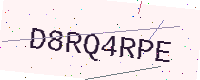
Text: D8RQ4RPE